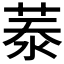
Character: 𦲑